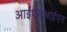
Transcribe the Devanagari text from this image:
आईएसआईएन